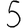
Digit: 5